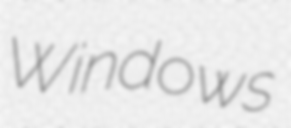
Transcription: Windows